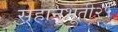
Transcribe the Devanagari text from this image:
सहानुभूती२५